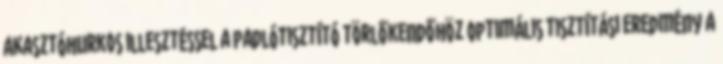
akasztóhurkos illesztéssel a padlótisztító törlőkendőhöz Optimális tisztítási eredmény a